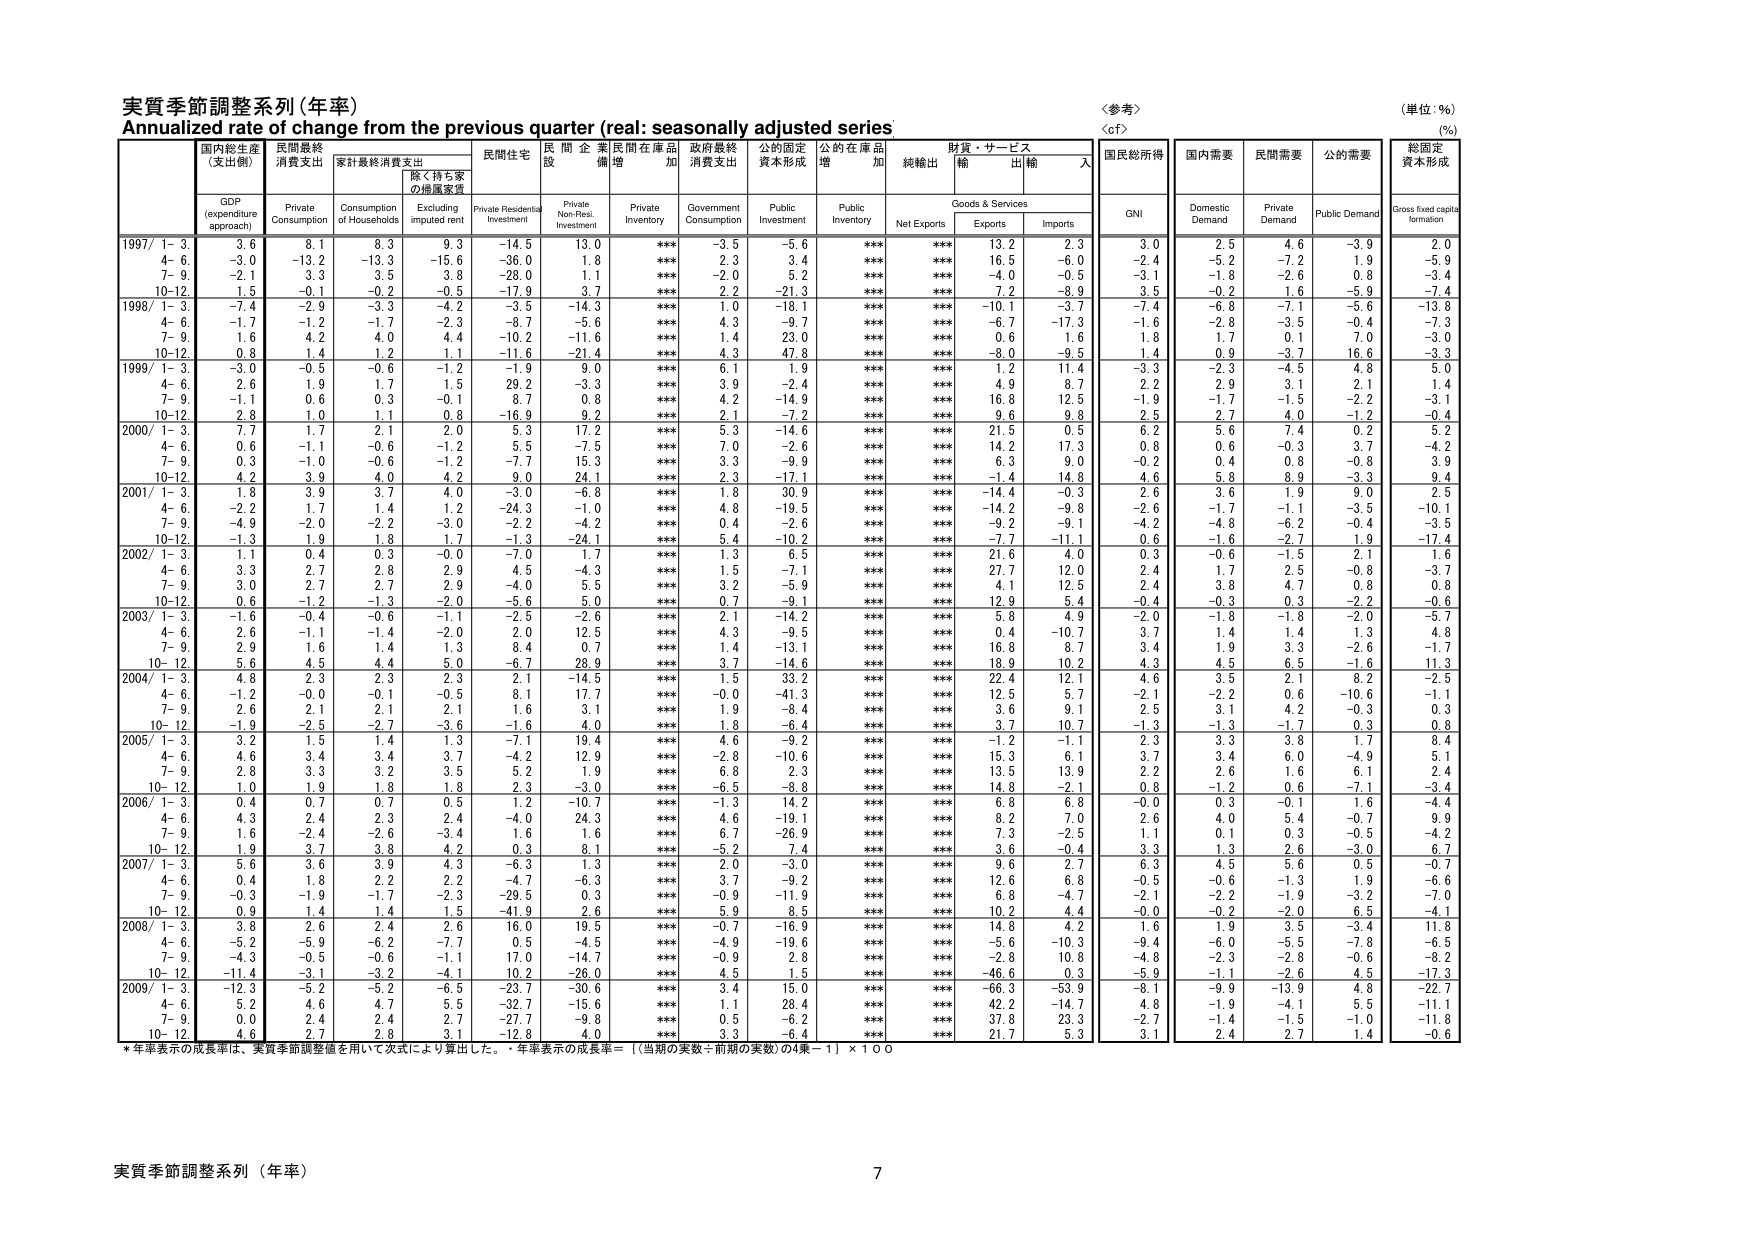
実質季節調整系列（年率）
Annualized rate of change from the previous quarter (real: seasonally adjusted series)
〈参考〉
〈cf〉
（単位：%）
（%）

国内総生産
（支出側）
GDP
(expenditure
approach)

民間最終
消費支出
Private
Consumption

家計最終消費支出
Consumption
of Households

除く持ち家の帰属家賃
Excluding
imputed rent

民間住宅
Private Residential
Investment

民間企業
設備
Private
Non-Resi.
Investment

民間在庫品
増加
Private
Inventory

政府最終
消費支出
Government
Consumption

公的固定
資本形成
Public
Investment

公的在庫品
増加
Public
Inventory

純輸出
Net Exports

財貨・サービス
輸出
Exports

財貨・サービス
輸入
Imports

国民総所得
GNI

国内需要
Domestic
Demand

民間需要
Private
Demand

公的需要
Public Demand

総固定
資本形成
Gross fixed capital
formation

1997/ 1- 3.
3.6
8.1
8.3
9.3
-14.5
13.0
***
-3.5
-5.6
***
***
13.2
2.3
3.0
2.5
4.6
-3.9
2.0

4- 6.
-3.0
-13.2
-13.3
-15.6
-36.0
1.8
***
2.3
3.4
***
***
16.5
-6.0
-2.4
-5.2
-7.2
1.9
-5.9

7- 9.
-2.1
3.3
3.5
3.8
-28.0
1.1
***
-2.0
5.2
***
***
-4.0
-0.5
-3.1
-1.8
-2.6
0.8
-3.4

10-12.
1.5
-0.1
-0.2
-0.5
-17.9
3.7
***
2.2
-21.3
***
***
7.2
-8.9
3.5
-0.2
1.6
-5.9
-7.4

1998/ 1- 3.
-7.4
-2.9
-3.3
-4.2
-3.5
-14.3
***
1.0
-18.1
***
***
-10.1
-3.7
-7.4
-6.8
-7.1
-5.6
-13.8

4- 6.
-1.7
-1.2
-1.7
-2.3
-8.7
-5.6
***
4.3
-9.7
***
***
-6.7
-17.3
-1.6
-2.8
-3.5
-0.4
-7.3

7- 9.
1.6
4.2
4.0
4.4
-10.2
-11.6
***
1.4
23.0
***
***
0.6
1.6
1.8
1.7
0.1
7.0
-3.0

10-12.
0.8
1.4
1.2
1.1
-11.6
-21.4
***
4.3
47.8
***
***
-8.0
-9.5
1.4
0.9
-3.7
16.6
-3.3

1999/ 1- 3.
-3.0
-0.5
-0.6
-1.2
-1.9
9.0
***
6.1
1.9
***
***
1.2
11.4
-3.3
-2.3
-4.5
4.8
5.0

4- 6.
2.6
1.9
1.7
1.5
29.2
-3.3
***
3.9
-2.4
***
***
4.9
8.7
2.2
2.9
3.1
2.1
1.4

7- 9.
-1.1
0.6
0.3
-0.1
8.7
0.8
***
4.2
-14.9
***
***
16.8
12.5
-1.9
-1.7
-1.5
-2.2
-3.1

10-12.
2.8
1.0
1.1
0.8
-16.9
9.2
***
2.1
-7.2
***
***
9.6
9.8
2.5
2.7
4.0
-1.2
-0.4

2000/ 1- 3.
7.7
1.7
2.1
2.0
5.3
17.2
***
5.3
-14.6
***
***
21.5
0.5
6.2
5.6
7.4
0.2
5.2

4- 6.
0.6
-1.1
-0.6
-1.2
5.5
-7.5
***
7.0
-2.6
***
***
14.2
17.3
0.8
0.6
-0.3
3.7
-4.2

7- 9.
0.3
-1.0
-0.6
-1.2
-7.7
15.3
***
3.3
-9.7
***
***
6.3
9.0
-0.2
0.4
0.3
-0.8
3.9

10-12.
4.2
3.9
4.0
4.2
9.0
24.1
***
2.3
-17.1
***
***
-1.4
14.8
4.6
5.8
8.9
-3.3
9.4

2001/ 1- 3.
1.8
3.9
3.7
4.0
-3.0
-6.8
***
1.8
30.9
***
***
-14.4
-0.3
2.6
3.6
1.9
0.0
2.5

4- 6.
-2.2
1.7
1.4
1.2
-24.3
-1.0
***
4.8
-19.5
***
***
-14.2
-9.8
-2.6
-1.7
-1.1
-3.5
-10.1

7- 9.
-4.9
-2.0
-2.2
-3.0
-2.2
-4.2
***
0.4
-2.6
***
***
-9.2
-9.1
-4.2
-4.8
-6.2
-0.4
-3.5

10-12.
-1.3
1.9
1.8
1.7
-1.3
-24.1
***
5.4
-10.2
***
***
-7.7
-11.1
0.6
-1.6
-2.7
1.9
-17.4

2002/ 1- 3.
1.1
0.4
0.3
-0.0
-7.0
1.7
***
1.3
6.5
***
***
21.6
4.0
0.3
-0.6
-1.5
2.1
1.6

4- 6.
3.3
2.7
2.8
2.9
4.5
-4.3
***
1.5
-7.1
***
***
27.7
12.0
2.4
1.7
2.5
-0.8
-3.7

7- 9.
3.0
2.7
2.7
2.9
-4.0
5.5
***
3.2
-5.9
***
***
4.1
12.5
2.4
3.8
4.7
0.8
0.8

10-12.
0.6
-1.2
-1.3
-2.0
-5.6
5.0
***
0.7
-9.1
***
***
12.9
5.4
-0.4
-0.3
0.3
-2.2
-0.6

2003/ 1- 3.
-1.6
-0.4
-0.6
-1.1
-2.5
-2.6
***
2.1
-14.2
***
***
5.8
4.9
-2.0
-1.8
-1.8
-2.0
-5.7

4- 6.
2.6
-1.1
-1.4
-2.0
2.0
12.5
***
4.3
-9.5
***
***
0.4
-10.7
3.7
1.4
1.4
1.3
4.8

7- 9.
2.9
1.6
1.4
1.3
8.4
0.7
***
1.4
-13.1
***
***
16.8
8.7
3.4
1.9
3.3
-2.6
-1.7

10- 12.
5.6
4.5
4.4
5.0
-6.7
28.9
***
3.7
-14.6
***
***
18.9
10.2
4.3
4.5
6.5
-1.6
11.3

2004/ 1- 3.
4.8
2.3
2.3
2.3
2.1
-14.5
***
1.5
33.2
***
***
22.4
12.1
4.6
3.5
2.1
8.2
-2.5

4- 6.
-1.2
-0.0
-0.1
-0.5
8.1
17.7
***
-0.0
-41.3
***
***
12.5
5.7
-2.1
-2.2
0.6
-10.6
-1.1

7- 9.
2.6
2.1
2.1
2.1
1.6
3.1
***
1.9
-8.4
***
***
3.6
9.1
2.5
3.1
4.2
-0.3
0.3

10- 12.
-1.9
-2.5
-2.7
-3.6
-1.6
4.0
***
1.8
-6.4
***
***
3.7
10.7
-1.3
-1.3
-1.7
0.3
0.8

2005/ 1- 3.
3.2
1.5
1.4
1.3
-7.1
19.4
***
4.6
-9.2
***
***
-1.2
-1.1
2.3
3.3
3.8
1.7
8.4

4- 6.
4.6
3.4
3.4
3.7
-4.2
12.9
***
-2.8
-10.6
***
***
15.3
6.1
3.7
3.4
6.0
-4.9
5.1

7- 9.
2.8
3.3
3.2
3.5
5.2
1.9
***
6.8
2.3
***
***
13.5
13.9
2.2
2.6
1.6
6.1
2.4

10- 12.
1.0
1.9
1.8
1.8
2.3
-3.0
***
-6.5
-8.8
***
***
14.8
-2.1
0.8
-1.2
0.6
-7.1
-3.4

2006/ 1- 3.
0.4
0.7
0.7
0.5
1.2
-10.7
***
-1.3
14.2
***
***
6.8
6.8
-0.0
0.3
-0.1
1.6
-4.4

4- 6.
4.3
2.4
2.3
2.4
-4.0
24.3
***
4.6
-19.1
***
***
8.2
7.0
2.6
4.0
5.4
-0.7
9.9

7- 9.
1.6
-2.4
-2.6
-3.4
1.6
1.6
***
6.7
-26.9
***
***
7.3
-2.5
1.1
0.1
0.3
-0.5
-4.2

10- 12.
1.9
3.7
3.8
4.2
0.3
8.1
***
-5.2
7.4
***
***
3.6
-0.4
3.3
1.3
2.6
-3.0
6.7

2007/ 1- 3.
5.6
3.6
3.9
4.3
-6.3
1.3
***
2.0
-3.0
***
***
9.6
2.7
6.3
4.5
5.6
0.5
-0.7

4- 6.
0.4
1.8
2.2
2.2
-4.7
-6.3
***
3.7
-9.2
***
***
12.6
6.8
-0.5
-0.6
-1.3
1.9
-6.6

7- 9.
-0.3
-1.9
-1.7
-2.3
-29.5
0.3
***
-0.9
-11.9
***
***
6.8
-4.7
-2.1
-2.2
-1.9
-3.2
-7.0

10- 12.
0.9
1.4
1.4
1.5
-41.9
2.6
***
5.9
8.5
***
***
10.2
4.4
-0.0
-0.2
-2.0
6.5
-4.1

2008/ 1- 3.
3.8
2.6
2.4
2.6
16.0
19.5
***
-0.7
-16.9
***
***
14.8
4.2
1.6
1.9
3.5
-3.4
11.8

4- 6.
-5.2
-5.9
-6.2
-7.7
0.5
-4.5
***
-4.9
-19.6
***
***
-5.6
-10.3
-9.4
-6.0
-5.5
-7.8
-6.5

7- 9.
-4.3
-0.5
-0.6
-1.1
17.0
-14.7
***
-0.9
2.8
***
***
-2.8
10.8
-4.8
-2.3
-2.8
-0.6
-8.2

10- 12.
-11.4
-3.1
-3.2
-4.1
10.2
-26.0
***
4.5
1.5
***
***
-46.6
0.3
-5.9
-1.1
-2.6
4.5
-17.3

2009/ 1- 3.
-12.3
-5.2
-5.2
-6.5
-23.7
-30.6
***
3.4
15.0
***
***
-66.3
-53.9
-8.1
-9.9
-13.9
4.8
-22.7

4- 6.
5.2
4.6
4.7
5.5
-32.7
-15.6
***
1.1
28.4
***
***
42.2
-14.7
4.8
-1.9
-4.1
5.5
-11.1

7- 9.
0.0
2.4
2.4
2.7
-27.7
-9.8
***
0.5
-6.2
***
***
37.8
23.3
-2.7
-1.4
-1.5
-1.0
-11.8

10- 12.
4.6
2.7
2.8
3.1
-12.8
4.0
***
3.3
-6.4
***
***
21.7
5.3
3.1
2.4
2.7
1.4
-0.6

* 年率表示の成長率は、実質季節調整値を用いて次式により算出した。 年率表示の成長率＝〔（当期の実数÷前期の実数）の4乗－1〕×100

実質季節調整系列（年率）
7